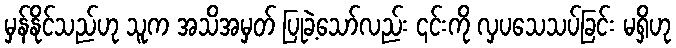
မှန်နိုင်သည်ဟု သူက အသိအမှတ် ပြုခဲ့သော်လည်း ၎င်းကို လှပသေသပ်ခြင်း မရှိဟု